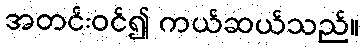
အတင်းဝင်၍ ကယ်ဆယ်သည်။